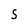
Character: 5